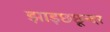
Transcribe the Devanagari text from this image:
झाड़छछून्दर